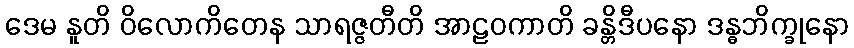
ဒေမ နူတိ ဝိလောကိတေန သာရဇ္ဇတီတိ အာဠဝကာတိ ခန္တိဒီပနော ဒန္ဓဘိက္ခုနော